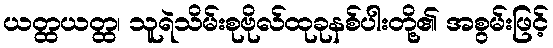
ယတ္ထယတ္ထ၊ သူရဲသိမ်းစုဗိုလ်ထုခုနစ်ပါးတို့၏ အစွမ်းဖြင့်